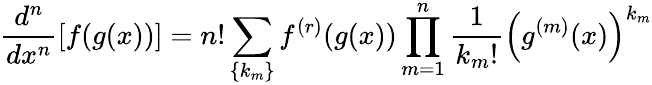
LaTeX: {\frac{d^{n}}{dx^{n}}}[f(g(x))]=n!\sum_{\{ k_{m}\} }^{}f^{(r)}(g(x))\prod_{m=1}^{n}{\frac{1}{k_{m}!}}\left(g^{(m)}(x)\right)^{k_{m}}